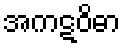
အကဋဝိဓာ